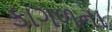
કાગળના